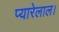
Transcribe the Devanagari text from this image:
प्यारेलाल।